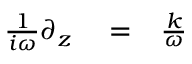
\begin{array} { r l r } { \frac { 1 } { i \omega } \partial _ { z } } & { { } = } & { \frac { k } { \omega } } \end{array}